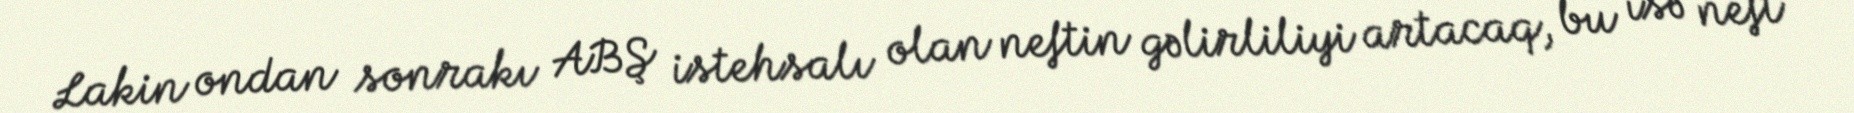
Lakin ondan sonrakı ABŞ istehsalı olan neftin gəlirliliyi artacaq, bu isə neft